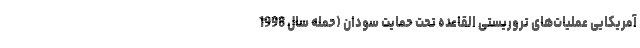
آمریکایی عملیات‌های تروریستی القاعده تحت حمایت سودان (حمله سال 1998